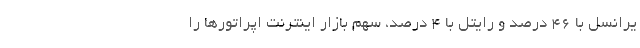
یرانسل با 46 درصد و رایتل با 4 درصد، سهم بازار اینترنت اپراتورها را